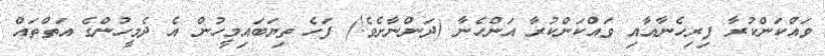
ވައްކަންކުރާ ފިރިހެނާއާއި ވައްކަންކުރާ އަންހެނާ (ދަންނާށެވެ!) ފަހެ ތިޔަބައިމީހުން އެ ދެމީހުންގެ އަތްތައް